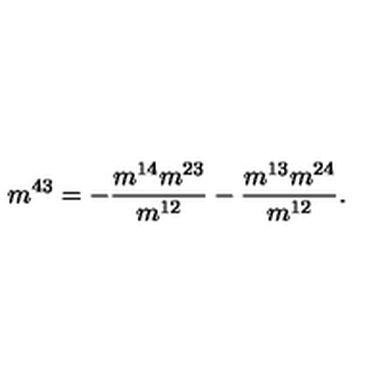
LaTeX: m ^ { 4 3 } = - \frac { m ^ { 1 4 } m ^ { 2 3 } } { m ^ { 1 2 } } - \frac { m ^ { 1 3 } m ^ { 2 4 } } { m ^ { 1 2 } } .